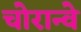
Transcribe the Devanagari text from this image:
चोरान्वे